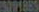
5001885